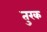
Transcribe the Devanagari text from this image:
तुरक